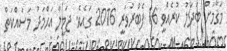
މަޤާމަށް ބަދަލު ކުރެއްވީ 16 ފެބްރުވަރީ 2016 ގައެވެ. ޖަމީލާ އަޙްމަދު މަސައްކަތް